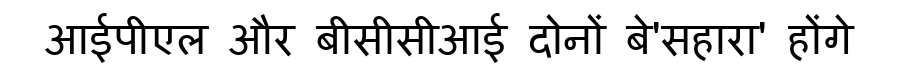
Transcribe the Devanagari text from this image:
आईपीएल और बीसीसीआई दोनों बे'सहारा' होंगे